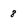
Character: 8